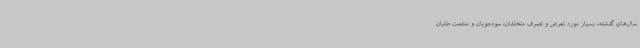
سال‌های گذشته، بسیار مورد تعرض و تصرف متخلفان، سودجویان و منفعت طلبان